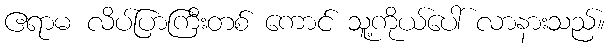
ဧရာမ လိပ်ပြာကြီးတစ် ကောင် သူ့ကိုယ်ပေါ် လာနားသည်။